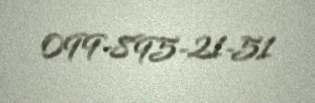
099-895-21-51